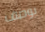
يوصف